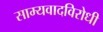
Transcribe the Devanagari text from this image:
साम्यवादविरोधी